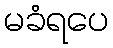
မခံရပေ